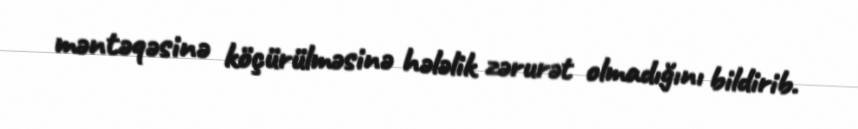
məntəqəsinə köçürülməsinə hələlik zərurət olmadığını bildirib.